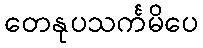
တေနုပသင်္ကမိပေ